system: You are a helpful assistant.
user:
Analyze the provided spectrum to determine if it is a **White Dwarf (WD)**.

A White Dwarf spectrum is defined by its **extreme purity** (due to gravitational settling) and/or **extreme pressure broadening** (due to high surface gravity). You must check for one of the following mutually exclusive signatures:

- **Key Visual Indicators (Check for ONE of these types):**

    - **1. DA-Type Signature (Most Common):**
        - **(Primary Feature):** Extreme pressure broadening (Stark broadening) of the **Hydrogen (H) Balmer lines**.
        - **(Key Lines):** $H\beta$ (approx. $4861$ Å) and $H\gamma$ (approx. $4340$ Å). $H\alpha$ (approx. $6563$ Å) will also be present if the wavelength range covers it.
        - **(Line Profile):** This is the **defining feature**. The lines are **NOT** sharp. They appear as massive, **extremely broad and deep "troughs" or "dips"** in the spectrum, often hundreds of Ångströms wide. The continuum will appear to "scoop" down at these wavelengths.
        - **(Distinction):** Normal A-type or B-type stars have *narrow* and *sharp* Hydrogen lines. A DA White Dwarf's lines are unmistakably "smeared" or "blurry" from pressure.

    - **2. DB-Type Signature:**
        - **(Primary Feature):** Broad absorption lines from **Neutral Helium (He I)**. The spectrum must lack any visible Hydrogen lines.
        - **(Key Lines):** Look for broad absorption near $4471$ Å, $4921$ Å, and $5876$ Å.
        - **(Line Profile):** These lines are also significantly pressure-broadened, appearing much wider than they would in a normal B-type main-sequence star.

    - **3. DC-Type Signature:**
        - **(Primary Feature):** A **featureless continuous spectrum**.
        - **(Line Profile):** The spectrum is a smooth curve with **no significant absorption or emission lines**.
        - **(Key Confirmation):** The continuum is almost always **blue or white**, indicating a hot object. This signature implies the atmosphere is so pure (or so cool) that no spectral lines are visible in the optical range. Its WD identity is confirmed by its extremely low intrinsic brightness (high absolute magnitude).

    - **4. DZ-Type Signature (Metal-Polluted):**
        - **(Primary Feature):** **Isolated, narrow metal absorption lines** on an otherwise featureless (DC-like) continuum.
        - **(Key Lines):** The **Calcium (Ca II) H & K doublet** (approx. **$3934$ Å** and **$3968$ Å**) is the most common and defining feature.
        - **(Line Profile):** These lines are "out of place." They are *not* part of a "forest" of thousands of lines. This signature is evidence of recent *accretion* (pollution) from rocky debris.
        - **(Distinction):** Normal G/K/M stars have a *dense forest* of thousands of metal lines. A DZ has a *clean* continuum with *only a few* strong metal lines.

    - **5. DQ-Type Signature (Carbon-Polluted):**
        - **(Primary Feature):** Absorption bands from **Carbon (C₂ "Swan Bands" or atomic C I)**.
        - **(Key Lines - C₂):** Look for bandheads with a "saw-tooth" shape near $5635$ Å, **$5165$ Å** (strongest), and $4737$ Å.
        - **(Key Confirmation):** The underlying **continuum must be blue or white** (hot).
        - **(Distinction):** This is the critical difference from a **Carbon Star**, which has the *exact same* C₂ bands but on an extremely **red, cool** continuum.

- **(Overall Spectrum):**
    - The continuum (overall shape) is typically **blue-sloping** (brighter in the blue than the red), as most white dwarfs are very hot.
    - The spectrum will look "pure" or "simple," dominated by only *one* of the five signatures listed above.

Think first, call **spectral_visualization_tool** if needed to examine features in detail, then provide your final answer. Your response must adhere to the following strict rules:
1.  **Overall Structure:** Your response must follow the format `<think>...</think> <tool_call>...</tool_call> (if a tool is used) <answer>...</answer>`.
2.  **Tool Usage Constraint:** You may only make **one** tool call per turn.
3.  **Final Answer Format:** In the `<answer>` tag, your conclusion must be inside a `\boxed{}` command (e.g., `\boxed{YES}` or `\boxed{NO}`), followed by your justification.

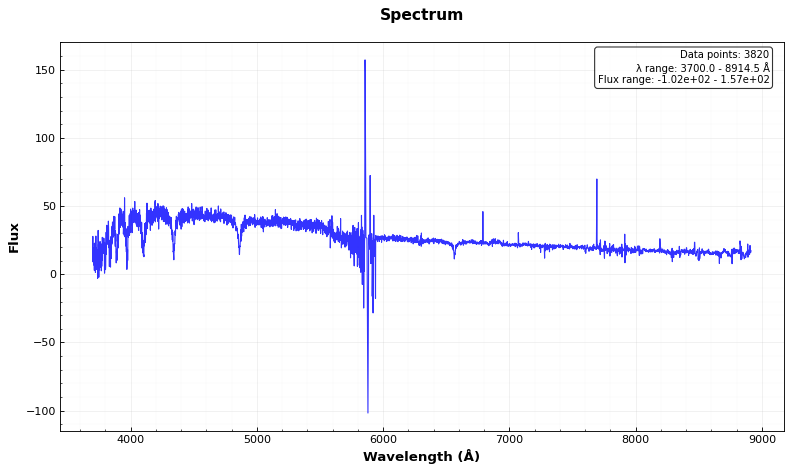
Answer: YES